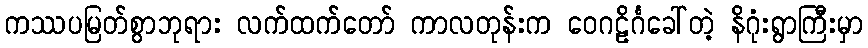
ကဿပမြတ်စွာဘုရား လက်ထက်တော် ကာလတုန်းက ဝေဂဠိင်္ဂခေါ်တဲ့ နိဂုံးရွာကြီးမှာ